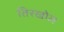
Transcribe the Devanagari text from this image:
तिरखोल